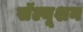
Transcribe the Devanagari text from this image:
सॅल्यूशन